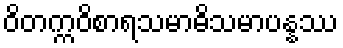
ဝိတက္ကဝိစာရသမာဓိသမာပန္နဿ